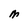
Character: M